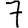
Digit: 7